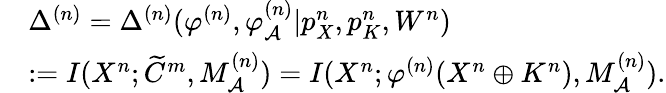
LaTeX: \begin{array}{rl}&{\Delta^{(n)}=\Delta^{(n)}(\varphi^{(n)},\varphi_{\cal A}^{(n)}|{p}_{X}^{n},{p}_{K}^{n},W^{n})}\\ &{:=I(X^{n};\widetilde{C}^{m},M_{\cal A}^{(n)})=I(X^{n};\varphi^{(n)}({{X}^{n}}\oplus{{K}^{n}}),M_{\cal A}^{(n)}).}\end{array}